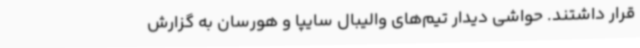
قرار داشتند. حواشی دیدار تیم‌های والیبال سایپا و هورسان به گزارش